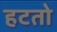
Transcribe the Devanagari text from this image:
हटतो